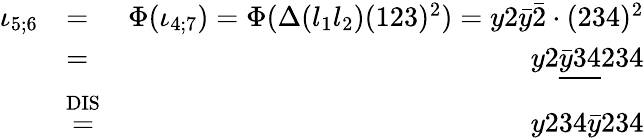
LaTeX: \begin{array}{rlr}{\iota_{5;6}}&{=}&{\Phi(\iota_{4;7})=\Phi(\Delta(l_{1}l_{2})(123)^{2})=y2\bar{y}\bar{2}\cdot(234)^{2}}\\ &{=}&{y2\underline{{\bar{y}34}}234}\\ &{\stackrel{\mathrm{DIS}}{=}}&{y234\bar{y}234}\end{array}